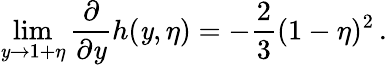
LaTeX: \operatorname*{lim}_{\mathit{y}\to1+\eta}\frac{{\partial}}{{\partial\mathit{y}}}h(\mathit{y},\eta)=-\frac{{2}}{{3}}(1-\eta)^{2}\, .